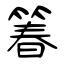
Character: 箺